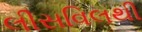
લીસવિલથી